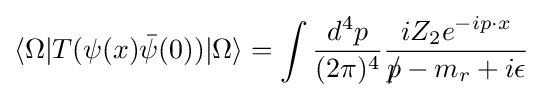
\langle \Omega |T(\psi (x){\bar {\psi }}(0))|\Omega \rangle =\int {\frac {d^{4}p}{(2\pi )^{4}}}{\frac {iZ_{2}e^{-ip\cdot x}}{p\!\!\!/-m_{r}+i\epsilon }}